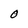
Character: O